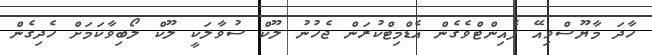
ހާދަ މާޔޫސްވިއޭ ފެއިންޓްވެގެން އެޑްމިޓްކުރަން ޖެހުނު ލޫކް ސުވާލަކީ ލޫކް ލޯބިވާކަމަށް ހެދިގެން